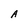
Character: A